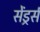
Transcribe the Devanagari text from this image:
सेंड्रर्स